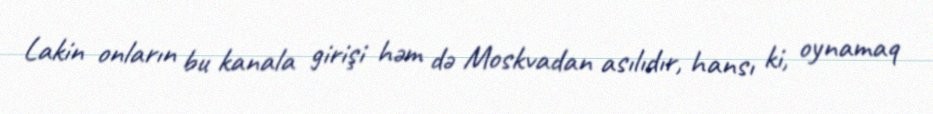
Lakin onların bu kanala girişi həm də Moskvadan asılıdır, hansı ki, oynamaq